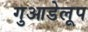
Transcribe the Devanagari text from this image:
गुआडेलूप